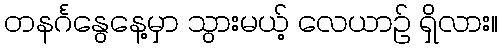
တနင်္ဂနွေနေ့မှာ သွားမယ့် လေယာဉ် ရှိလား။